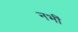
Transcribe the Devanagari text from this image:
नभीं